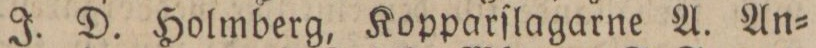
J. D. Holmberg, Kopparſlagarne A. An=